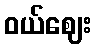
ဝယ်ဈေး